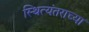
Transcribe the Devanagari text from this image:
स्थित्यंतराच्या